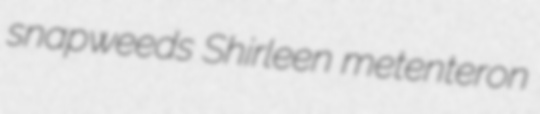
snapweeds Shirleen metenteron